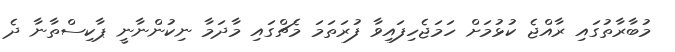
މުބާރާތުގައި ރާއްޖެ ކުޅުމަށް ހަމަޖެހިފައިވާ ފުރަތަމަ މެޗްގައި މާދަމާ ނިކުންނާނީ ޕާކިސްތާނާ ދެ